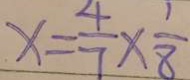
x = \frac { 4 } { 7 } \times \frac { 1 } { 8 }